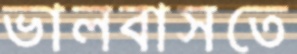
ভালবাসতে